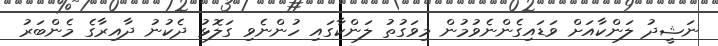
ނަޝީދު ލަންކާއަށް ވަޑައިގެންނެވުމުން މިވަގުތު ލަންކާގައި ހުންނެވި ގަލޮޅު ދެކުނު ދާއިރާގެ މެންބަރު